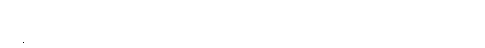
ကမ္ဘာ့ခေါင်းဆောင်တွေရဲ့ ကိုယ်ရေးကိုယ်တာနဲ့သက်ဆိုင်တဲ့ အကြောင်းအရာတွေ၊ ဓာတ်ပုံတွေ၊ ဗီဒီယိုတွေက